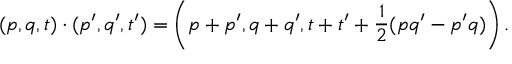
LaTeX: ( p , q , t ) \cdot ( p ^ { \prime } , q ^ { \prime } , t ^ { \prime } ) = \left( p + p ^ { \prime } , q + q ^ { \prime } , t + t ^ { \prime } + { \frac { 1 } { 2 } } ( p q ^ { \prime } - p ^ { \prime } q ) \right) .